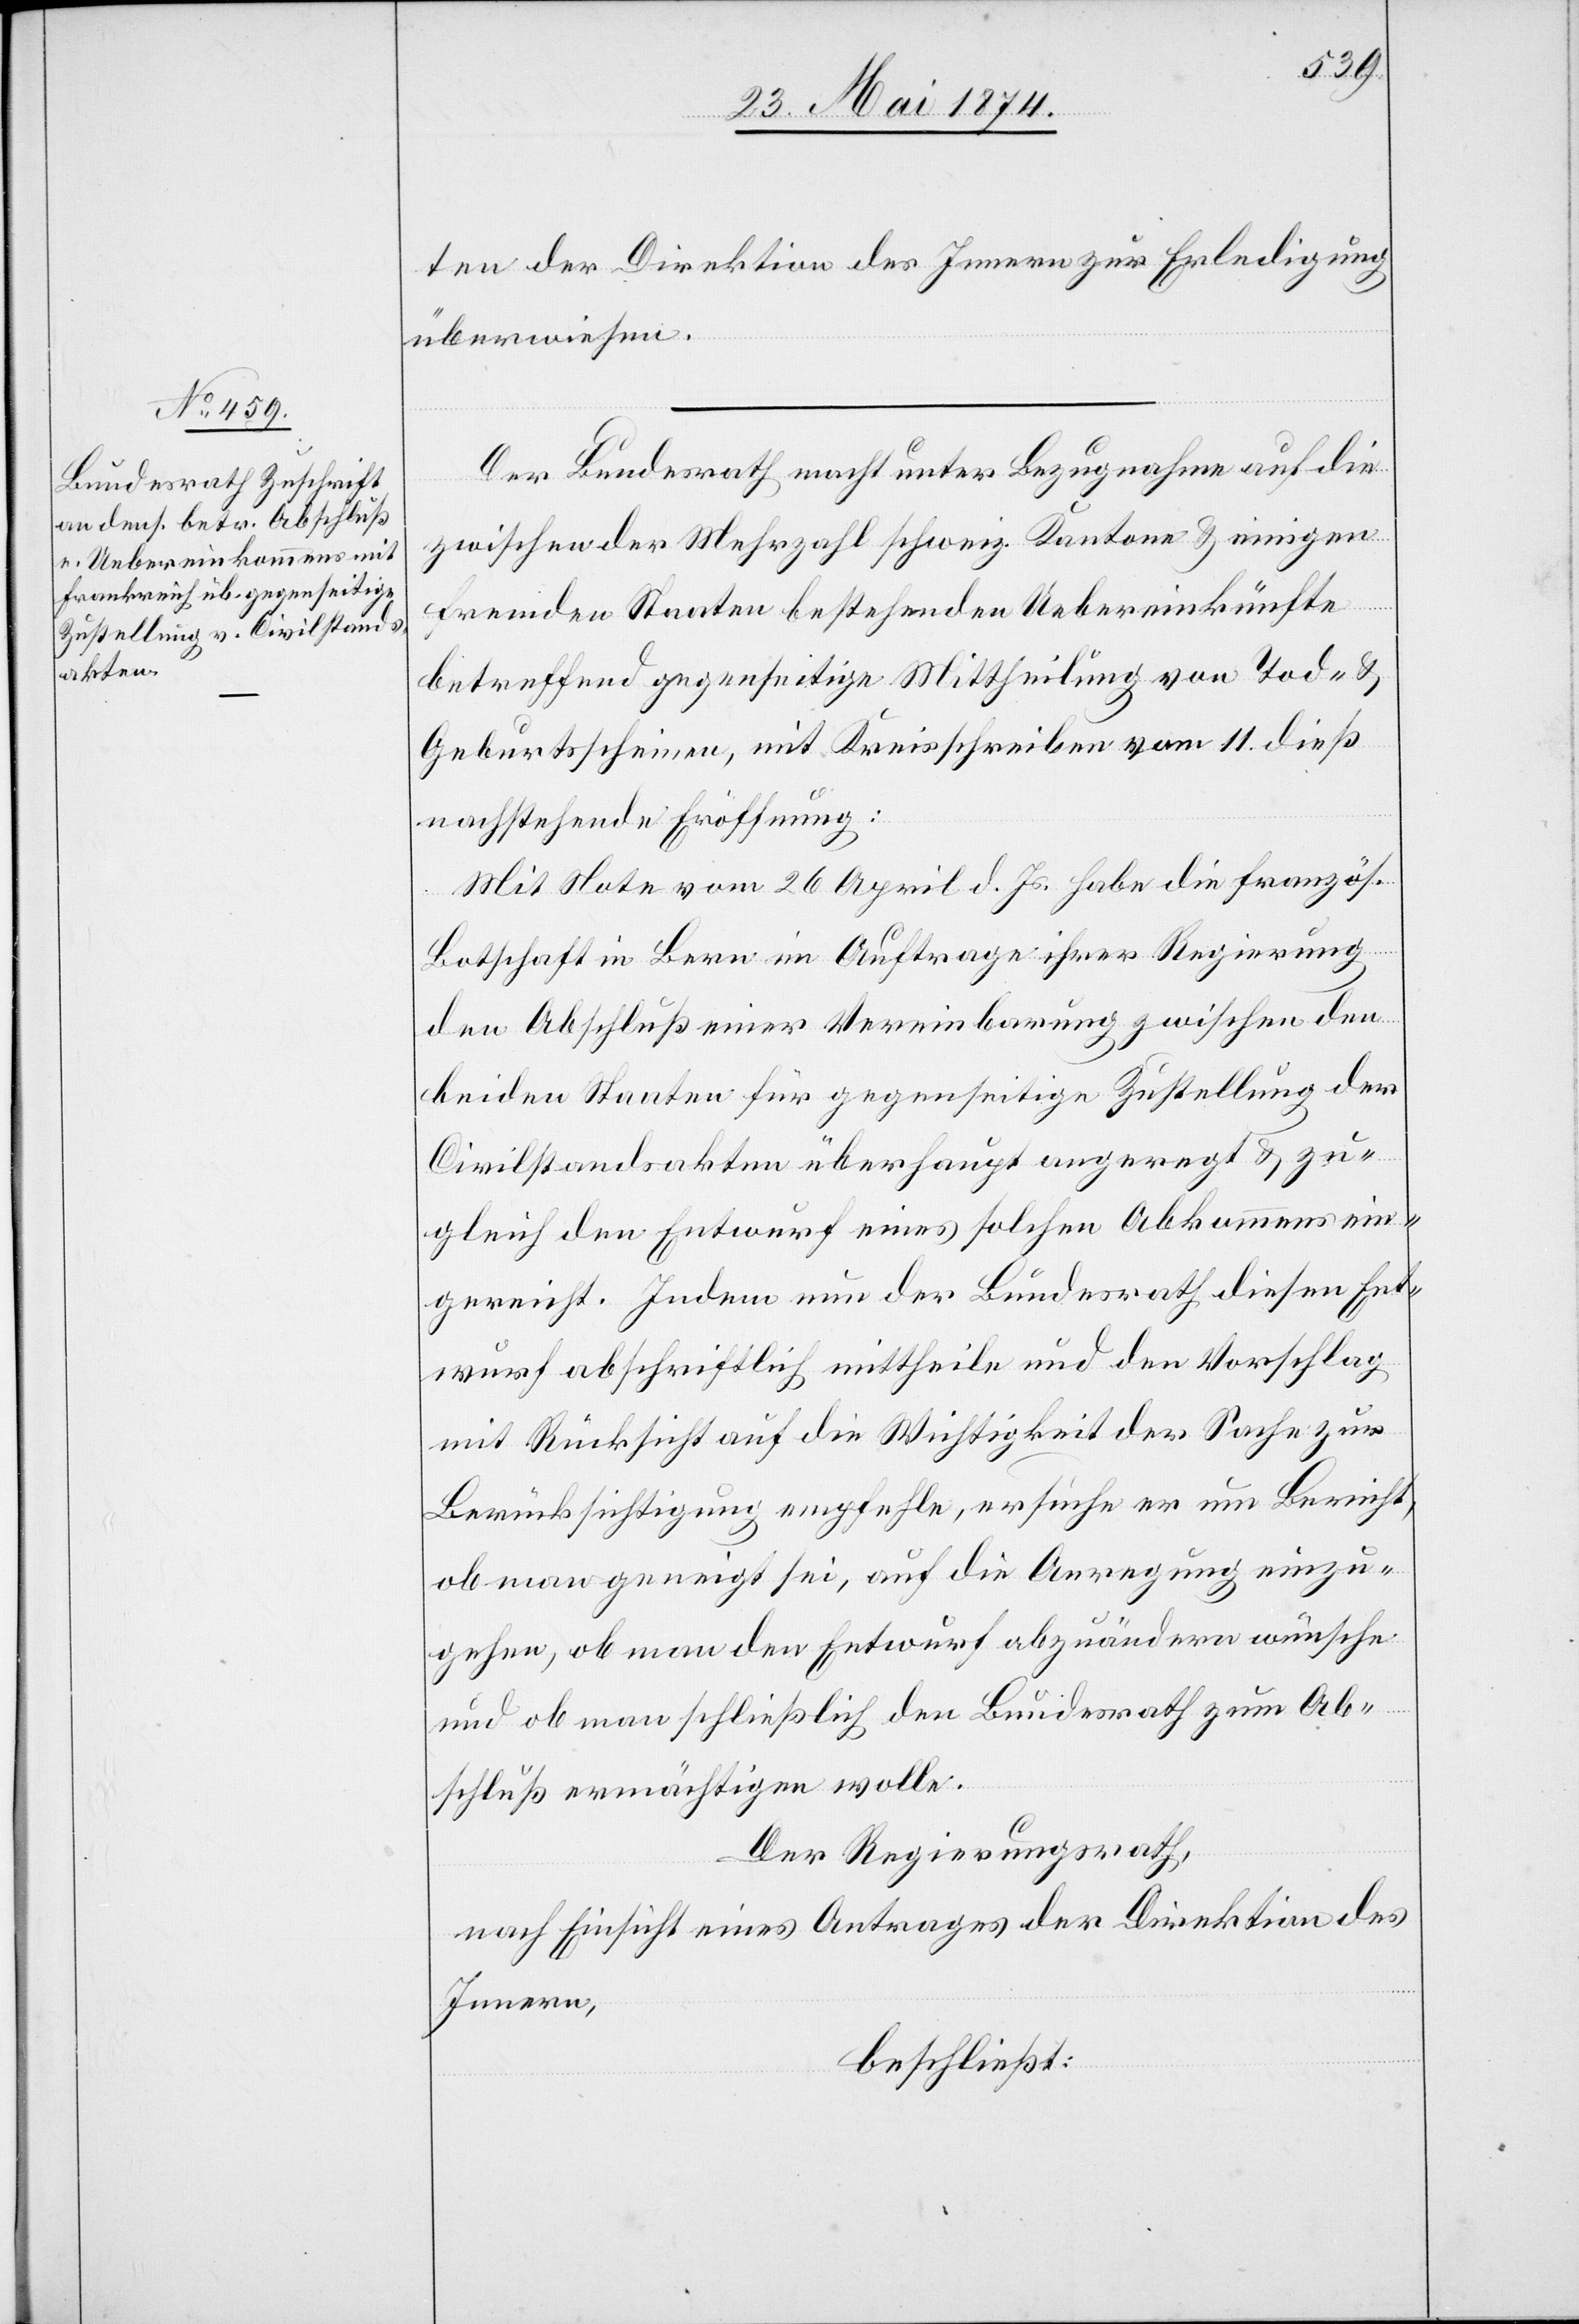
ten der Direktion des Innern zur Erledigung
überwiesen.
Der Bundesrath macht unter Bezugnahme auf die
zwischen der Mehrzahl schweiz. Kantone u. einigen
fremden Staaten bestehenden Uebereinkünfte
betreffend gegenseitige Mittheilung von Tod- u.
Geburtsscheinen, mit Kreisschreiben vom 11. dieß
nachstehende Eröffnung:
Mit Note vom 26. April d. Js. habe die französ.
Botschaft in Bern im Auftrage ihrer Regierung
den Abschluß einer Vereinbarung zwischen den
beiden Staaten für gegenseitige Zustellung der
Civilstandsakten überhaupt angeregt u. zu¬
gleich den Entwurf eines solchen Abkommens ein¬
gereicht. Indem nun der Bundesrath diesen Ent¬
wurf abschriftlich mittheile und den Vorschlag
mit Rücksicht auf die Wichtigkeit der Sache zur
Berücksichtigung empfehle, ersuche er um Bericht,
ob man geneigt sei, auf die Anregung einzu¬
gehen, ob man den Entwurf abzuändern wünsche
und ob man schließlich den Bundesrath zum Ab¬
schluß ermächtigen wolle.
Der Regierungsrath,
nach Einsicht eines Antrages der Direktion des
Innern,
beschließt: